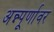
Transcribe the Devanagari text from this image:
अन्न्पूर्णावर